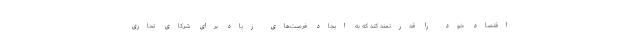
اقتصاد خود را قدرتمند کند که به ایجاد فرصت‌های زیاد برای شرکای تجاری